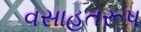
વસાહતરૂપ